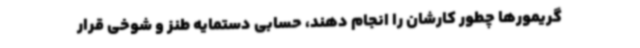
گریمورها چطور کارشان را انجام دهند، حسابی دستمایه طنز و شوخی قرار